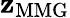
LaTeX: \mathbf{z}_{\mathrm{{MMG}}}